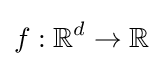
f:\mathbb {R} ^{d}\to \mathbb {R}